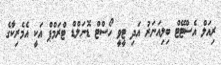
ރިއަލް އެސްޓޭޓް ބިލިއަނަރު އަދި ޓީވީ ހޯސްޓް ޑޮނަލްޑް ޓްރަމްޕް އަކީ އެމެރިކާގެ